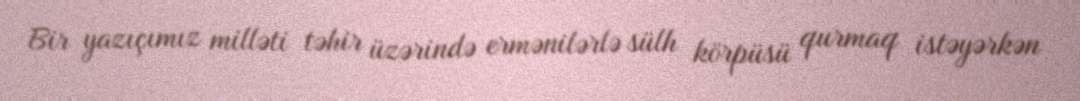
Bir yazıçımız milləti təhir üzərində ermənilərlə sülh körpüsü qurmaq istəyərkən